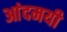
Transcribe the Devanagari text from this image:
आंदमयी